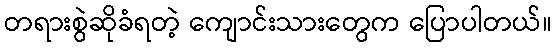
တရားစွဲဆိုခံရတဲ့ ကျောင်းသားတွေက ပြောပါတယ်။